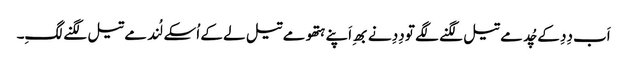
اَب دِدِ کے چُد مے تیل لگنے لگے تو دِدِ نے بھِ اَپنے ہتھو مے تیل لے کے اُسکے لُند مے تیل لگنے لگِ۔